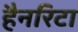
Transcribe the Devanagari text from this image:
हैनरिटा